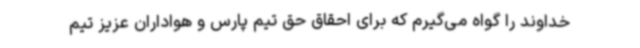
خداوند را گواه می‌گیرم که برای احقاق حق تیم پارس و هواداران عزیز تیم